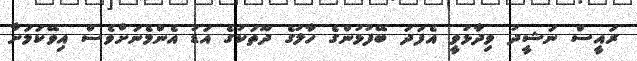
ރައީސް ނަޝީދު ވިދާޅުވީ އެފަދަ ބޭފުޅުންގެ ހާލުގެ ދޫތަކުގެ އަޑު އެންމެނަށްވެސް އިވޭކަމަށާ